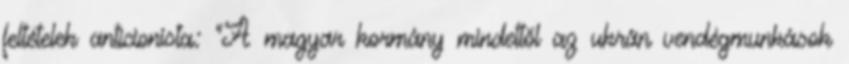
feltételek anticionista: "A magyar kormány mindettől az ukrán vendégmunkások